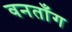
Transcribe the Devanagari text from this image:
वनताँग